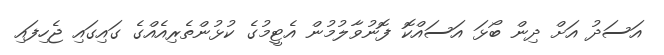
އަސަދު އަށް ދިން ބޯޅަ އަސައްކޮ ފޮނުވާލުމުން އެޓީމުގެ ކުޅުންތެރިއެއްގެ ގައިގައި ޖެހިފައި